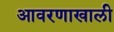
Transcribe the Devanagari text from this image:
आवरणाखाली